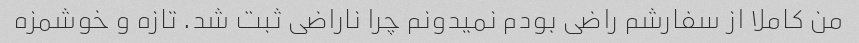
من کاملا از سفارشم راضی بودم نمیدونم چرا ناراضی ثبت شد. تازه و خوشمزه